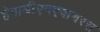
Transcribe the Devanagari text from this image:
हेपाडीएनएवायरस